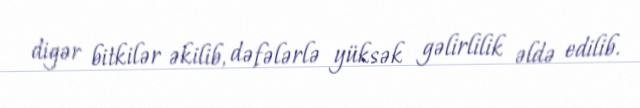
digər bitkilər əkilib, dəfələrlə yüksək gəlirlilik əldə edilib.